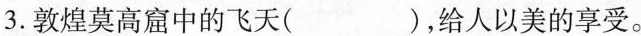
3.敦煌莫高窟中的飞天( )，给人以美的享受。